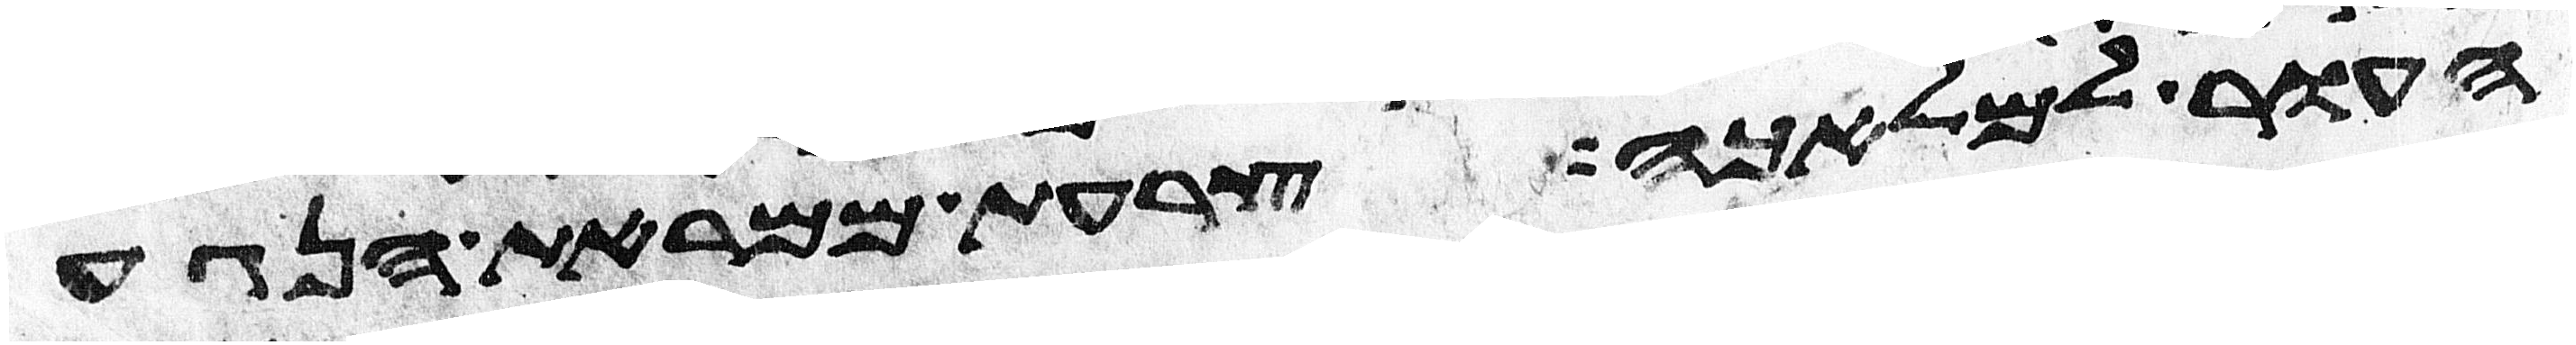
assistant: העור למלאכה צרעת ממראת הנגע